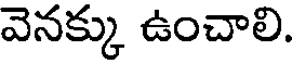
వెనక్కు ఉంచాలి.